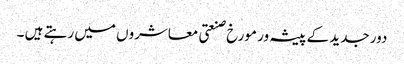
دور جدید کے پیشہ ور مورخ صنعتی معاشروں میں رہتے ہیں ۔